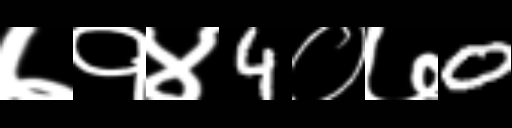
Text: ७१४4०७0